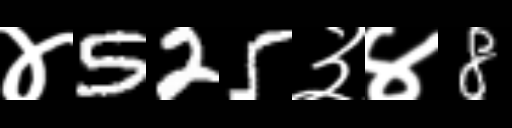
Text: ४525३४8